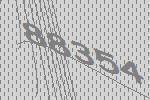
88354